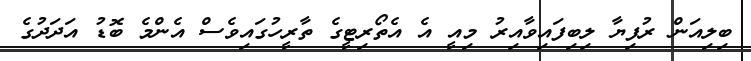
ބިލިއަން ރުފިޔާ ލިބިފައިވާއިރު މިއީ އެ އެތޯރިޓީގެ ތާރީހުގައިވެސް އެންމެ ބޮޑު އަދަދުގެ